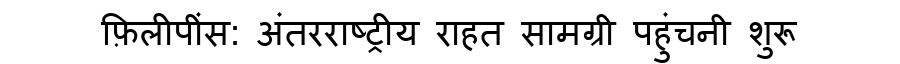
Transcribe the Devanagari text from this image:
फ़िलीपींस: अंतरराष्ट्रीय राहत सामग्री पहुंचनी शुरू